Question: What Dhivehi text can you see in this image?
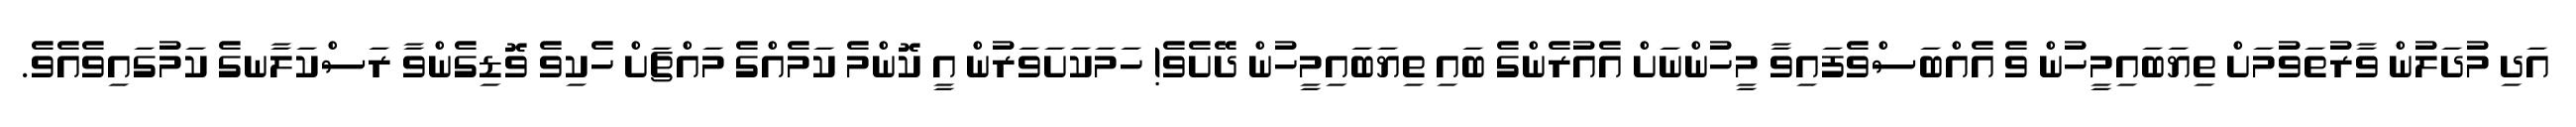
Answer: އަދި މުދަލުން ވާރުތަވުމަށް ތިޔަބައިމީހުން ވެ އެއްބަސްވެފައިވާ މީހުންނަށް އެއުރެންގެ ބައި ތިޔަބައިމީހުން ދޭށެވެ! ހަމަކަށަވަރުން އީ ކޮންމެ ކަމެއްގެ މައްޗަށް ހެކިވެ ވޮޑިގެންވާ ރަސްކަލާނގެ ކަމުގައިވެއެވެ.